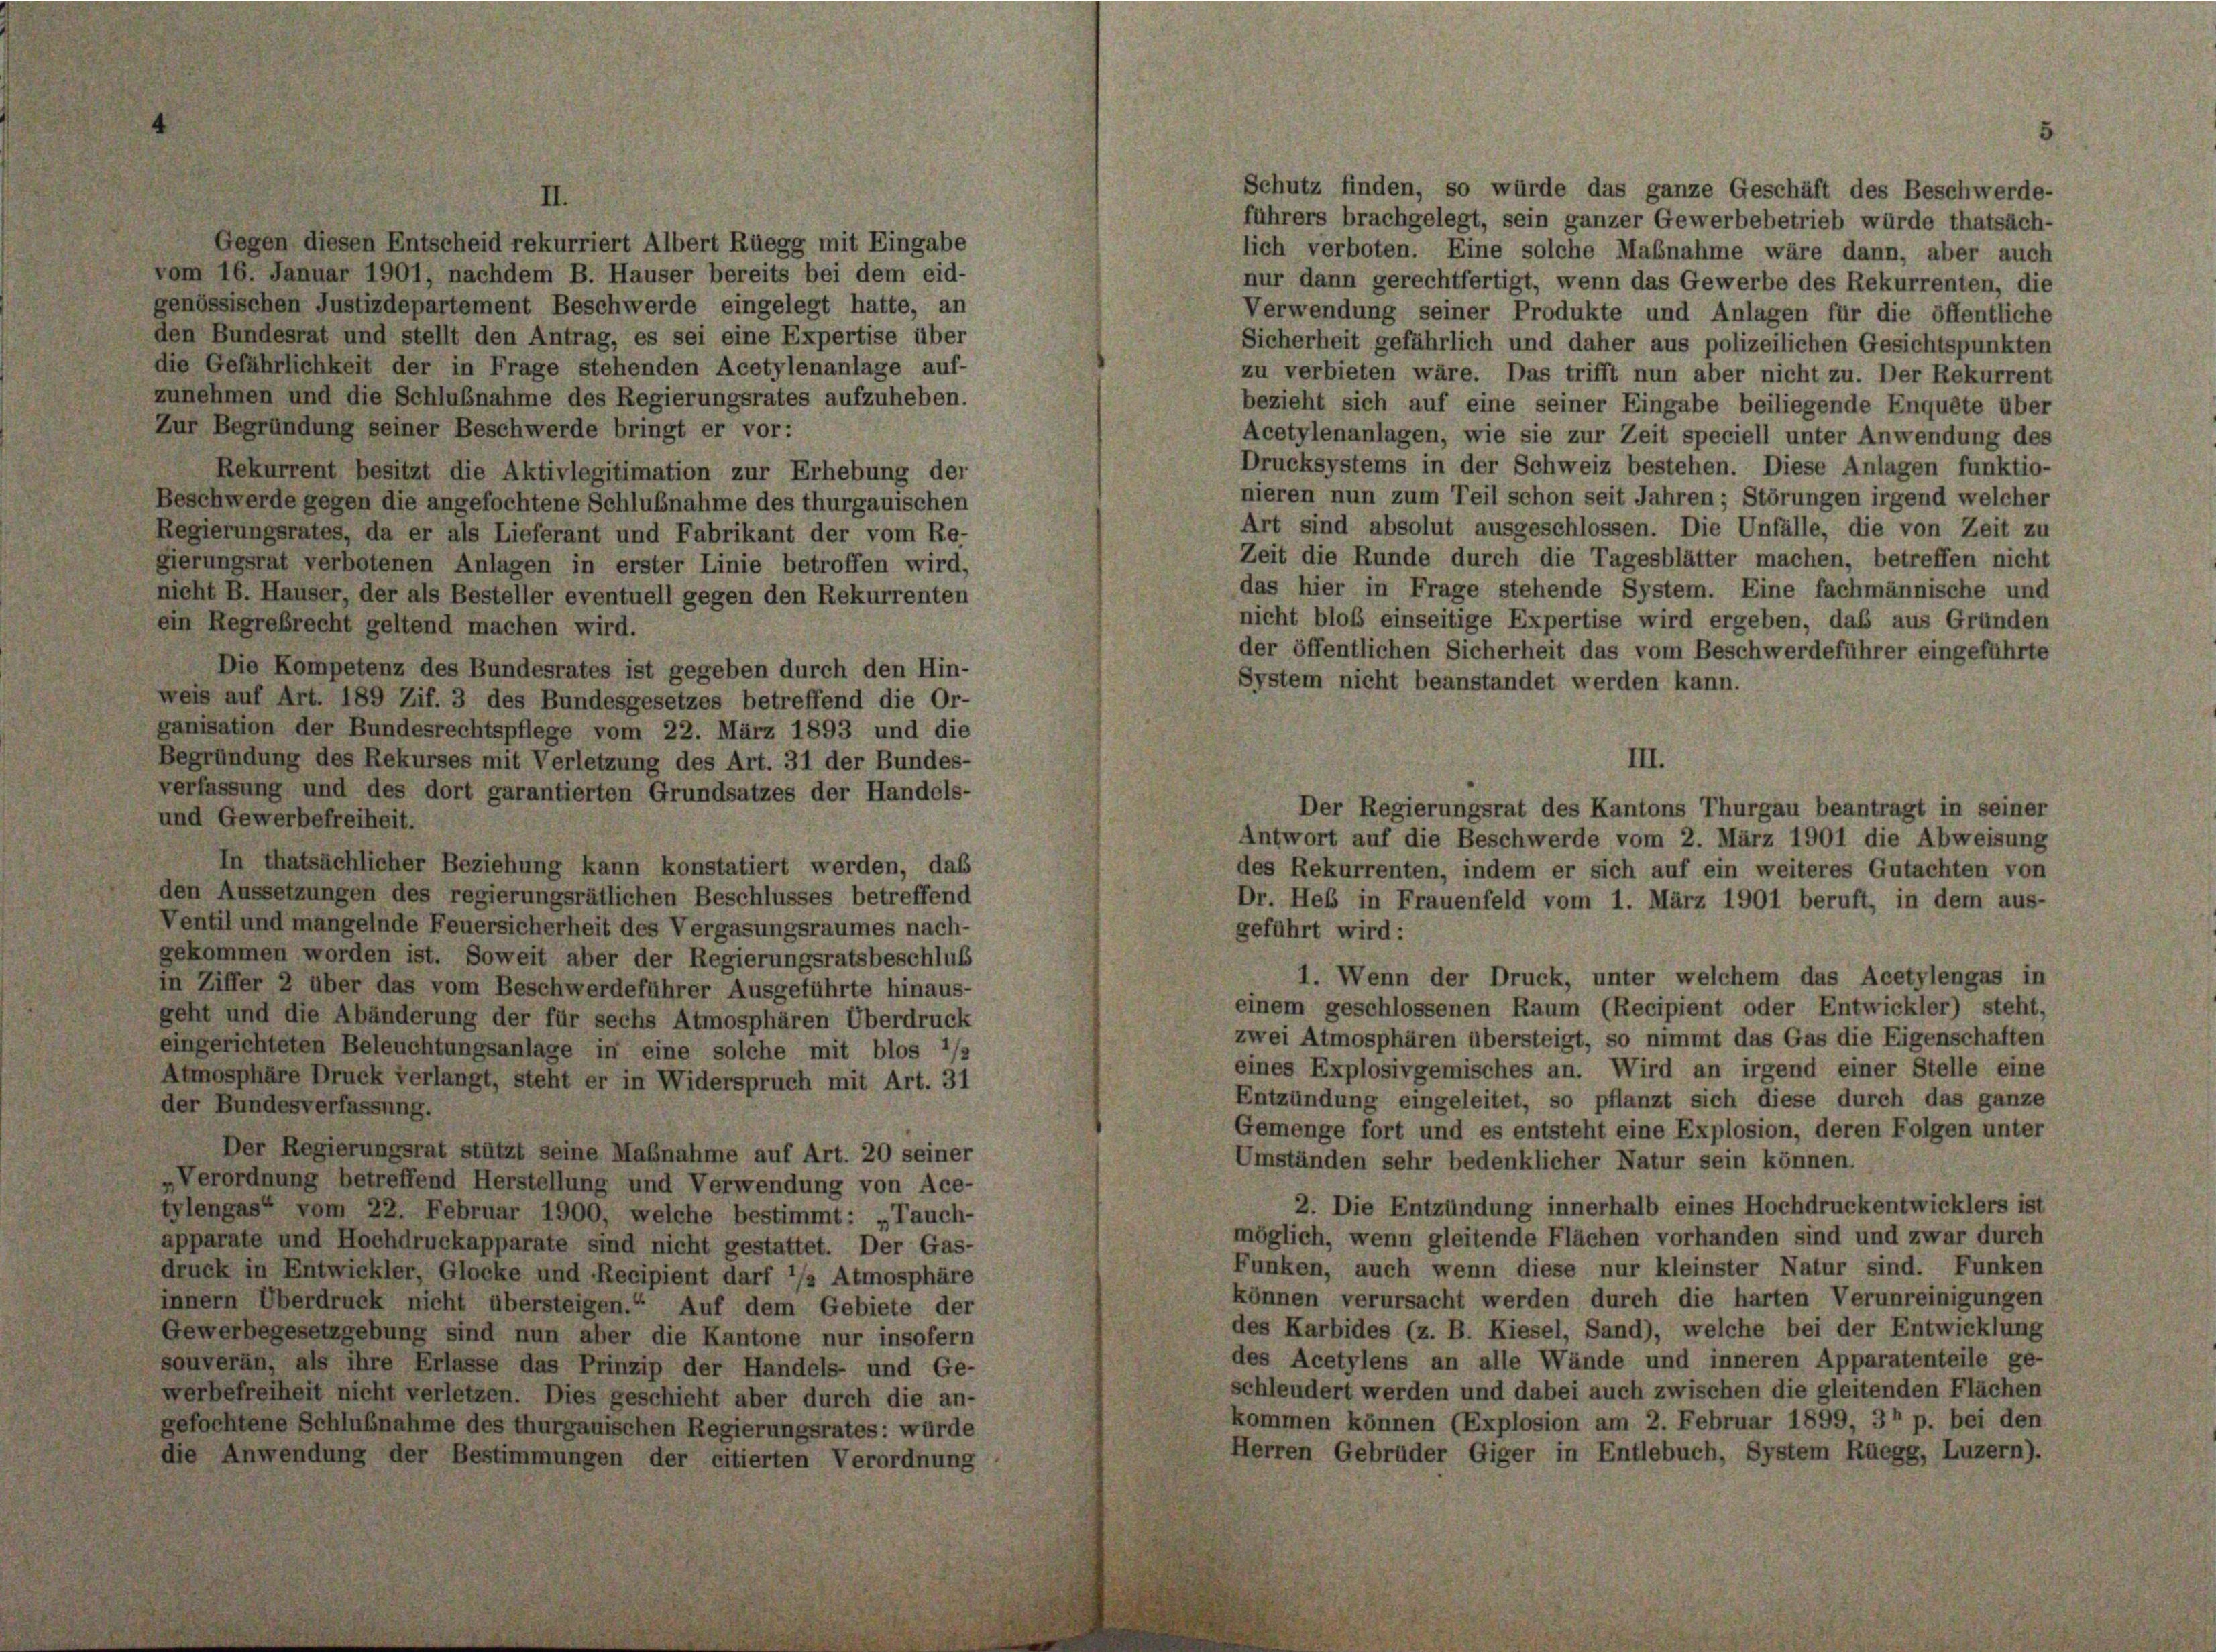
Gegen diesen Entscheid rekurriert Albert Rüegg mit Eingabe
vom 16. Januar 1901, nachdem B. Hauser bereits bei dem eid-
genössischen Justizdepartement Beschwerde eingelegt hatte, an
den Bundesrat und stellt den Antrag, es sei eine Expertise über
die Gefährlichkeit der in Frage stehenden Acetylenanlage auf-
zunehmen und die Schlußnahme des Regierungsrates aufzuheben.
Zur Begründung seiner Beschwerde bringt er vor:
Rekurrent besitzt die Aktivlegitimation zur Erhebung der
Beschwerde gegen die angefochtene Schlußnahme des thurgauischen
Regierungsrates, da er als Lieferant und Fabrikant der vom Re-
gierungsrat verbotenen Anlagen in erster Linie betroffen wird,
nicht B. Häuser, der als Besteller eventuell gegen den Rekurrenten
ein Regrebrecht geltend machen wird.
Die Kompetenz des Bundesrates ist gegeben durch den Hin-
weis auf Art. 189 Zif. 3 des Bundesgesetzes betreffend die Or-
ganisation der Bundesrechtspflege vom 22. März 1893 und die
Begründung des Rekurses mit Verletzung des Art. 31 der Bundes-
verfassung und des dort garantierten Grundsatzes der Handels-
und Gewerbefreiheit.
In thatsächlicher Beziehung kann konstatiert werden, das
den Aussetzungen des regierungsrätlichen Beschlusses betreffend
Ventil und mangelnde Feuersicherheit des Vergasungsraumes nach-
gekommen worden ist. Soweit aber der Regierungsratsbeschluß
in Ziffer 2 über das vom Beschwerdeführer Ausgeführte hinaus-
geht und die Abänderung der für sechs Atmosphären Überdruck
eingerichteten Beleuchtungsanlage in eine solche mit blos 1/
Atmosphäre Druck verlangt, steht er in Widerspruch mit Art. 31
der Bundesverfassung.
Der Regierungsrat stützt seine Maßnahme auf Art. 20 seiner
„Verordnung betreffend Herstellung und Verwendung von Ace-
tylengas“ vom 22. Februar 1900, welche bestimmt: „Tauch-
apparate und Hochdruckapparate sind nicht gestattet. Der Gas-
druck in Entwickler, Glocke und Recipient darf */2 Atmosphäre
innern Überdruck nicht übersteigen.“ Auf dem Gebiete der
Gewerbegesetzgebung sind nun aber die Kantone nur insofern
souveran, als ihre Erlasse das Prinzip der Handels- und Ge-
werbefreiheit nicht verletzen. Dies geschieht aber durch die an-
gefochtene Schlußnahme des thurgauischen Regierungsrates: würde
die Anwendung der Bestimmungen der citierten Verordnung

führers brachgelegt, sein ganzer Gewerbebetrieb würde thatsäch-
lich verboten. Eine solche Maßnahme wäre dann, aber auch
nur dann gerechtfertigt, wenn das Gewerbe des Rekurrenten, die
Verwendung seiner Produkte und Anlagen für die öffentliche
Sicherheit gefährlich und daher aus polizeilichen Gesichtspunkten
zu verbieten wäre. Das trifft nun aber nicht zu. Der Rekurrent
bezieht sich auf eine seiner Eingabe beiliegende Enquête über
Acetylenanlagen, wie sie zur Zeit speciell unter Anwendung des
Drucksystems in der Schweiz bestehen. Diese Anlagen funktio-
nieren nun zum Teil schon seit Jahren ; Störungen irgend welcher
Art sind absolut ausgeschlossen. Die Unfälle, die von Zeit zu
Zeit die Runde durch die Tagesblätter machen, betreffen nicht
das hier in Frage stehende System. Eine fachmännische und
nicht bloß einseitige Expertise wird ergeben, daß aus Gründen
der öffentlichen Sicherheit das vom Beschwerdeführer eingeführte
System nicht beanstandet werden kann.
Der Regierungsrat des Kantons Thurgau beantragt in seiner
Antwort auf die Beschwerde vom 2. März 1901 die Abweisung
des Rekurrenten, indem er sich auf ein weiteres Gutachten von
Dr. Heß in Frauenfeld vom 1. März 1901 beruft, in dem aus-
geführt wird:
1. Wenn der Druck, unter welchem das Acetylengas in
einem geschlossenen Raum (Recipient oder Entwickler) steht,
zwei Atmosphären übersteigt, so nimmt das Gas die Eigenschaften
eines Explosivgemisches an. Wird an irgend einer Stelle eine
Entzündung eingeleitet, so pflanzt sich diese durch das ganze
Gemenge fort und es entsteht eine Explosion, deren Folgen unter
Umständen sehr bedenklicher Natur sein können.
2. Die Entzündung innerhalb eines Hochdruckentwicklers ist
möglich, wenn gleitende Flächen vorhanden sind und zwar durch
Funken, auch wenn diese nur kleinster Natur sind. Funken
können verursacht werden durch die harten Verunreinigungen
des Karbides (z. B. Kiesel, Sand), welche bei der Entwicklung
des Acetylens an alle Wände und inneren Apparatenteile ge-
schleudert werden und dabei auch zwischen die gleitenden Flächen
kommen können (Explosion am 2. Februar 1899, 31 p. bei den
Herren Gebrüder Giger in Entlebuch, System Rüegg, Luzern).

Schutz finden, so würde das ganze Geschäft des Beschwerde-

III.